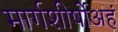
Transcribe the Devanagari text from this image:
मार्गशीर्षोअहं